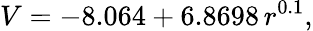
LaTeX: V=-8.064+6.8698\, r^{0.1},